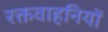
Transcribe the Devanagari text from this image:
रक्तवाहनियों